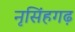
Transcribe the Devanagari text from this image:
नृसिंहगढ़